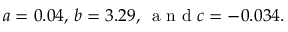
a = 0 . 0 4 , \, b = 3 . 2 9 , \, \textnormal { a n d } c = - 0 . 0 3 4 .